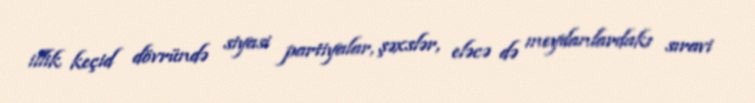
illik keçid dövründə siyasi partiyalar, şəxslər, eləcə də meydanlardakı sıravi